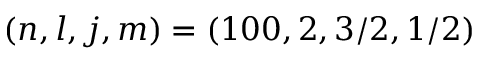
( n , l , j , m ) = ( 1 0 0 , 2 , 3 / 2 , 1 / 2 )